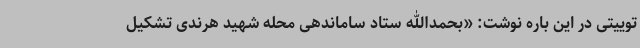
توییتی در این باره نوشت: «بحمدالله ستاد ساماندهی محله شهید هرندی تشکیل